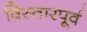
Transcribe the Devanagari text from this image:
विस्तारपूर्व